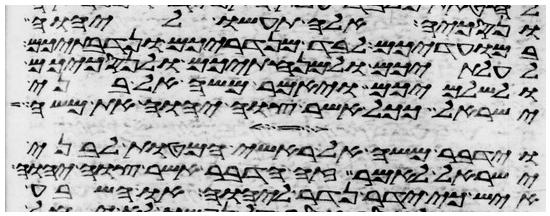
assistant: ונסכיה אלה תעשו ליהוה
במועדיכם לבד מנדריכם ונדבתיכם
לעלתיכם ולמנחתיכם ולנסכיכם
ולשלמיכם ויאמר משה אל בני
ישראל ככל אשר צוה יהוה את משה
וידבר משה אל ראשי המטות לבני
ישראל לאמר זה הדבר אשר צוה יהוה
איש כי ידר נדר ליהוה או השבע